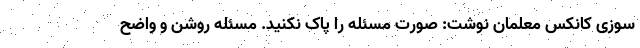
سوزی کانکس معلمان نوشت: صورت مسئله را پاک نکنید. مسئله روشن و واضح